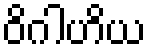
ဝိဂါဟိယ